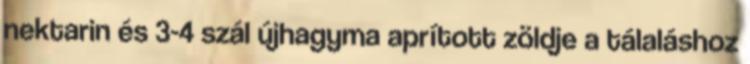
nektarin és 3-4 szál újhagyma aprított zöldje a tálaláshoz